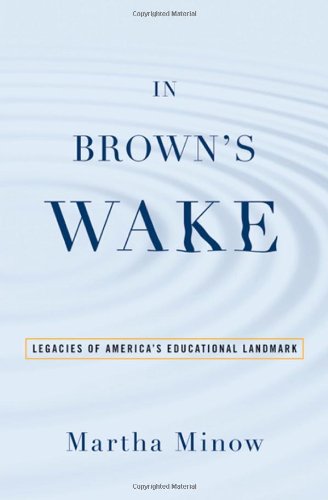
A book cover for In Brown's Wake: Legacies of America's Educational Landmark (Law and Current Events Masters); Martha Minow; Law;